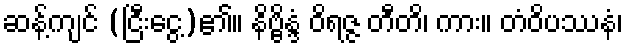
ဆန့်ကျင် (ငြီးငွေ့)၏။ နိဗ္ဗိန္ဒံ ဝိရဇ္ဇ တီတိ၊ ကား။ တံဝိပဿနံ၊